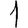
Digit: 1